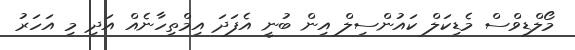
މޯލްޑިވްސް މެޑިކަލް ކައުންސިލް އިން ބުނީ އެފަދަ އިމްތިހާނެއް އަދި މި އަހަރު